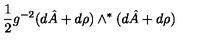
\frac { 1 } { 2 } g ^ { - 2 } ( d \hat { A } + d \rho { } ) \wedge ^ { * } ( d \hat { A } + d \rho { } )